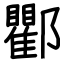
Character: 𨟠